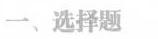
一、选择题